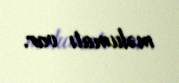
məlumatı var.